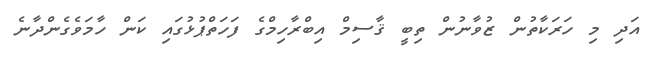
އަދި މި ހަރަކާތުން ޒުވާނުން ތިބީ ޤާސިމް އިބްރާހިމްގެ ފަހަތްޕުޅުގައި ކަން ހާމަވެގެންދާނެ